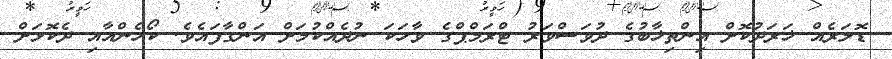
ޑޮލަރެއް ޚަރަދުކޮށް އިންތިޚާބުގެ ދުވަސްވަރު ޓްރަމްޕްގެ ވާހަކަ ނުދެއްކުމަށް އަންގާފައެވެ. ކޯހެންއާއި ދެކޮޅަށް